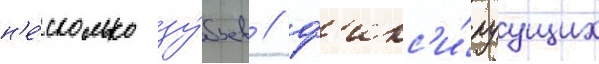
н'е́сколько зу́бьев / ф'икс'и́руущих